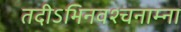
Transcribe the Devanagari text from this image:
तदीऽभिनवश्चनाम्ना